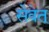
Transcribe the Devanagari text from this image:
सेवेत्